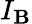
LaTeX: I_{\mathbf{B}}